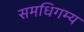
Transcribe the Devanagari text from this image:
समधिगम्य